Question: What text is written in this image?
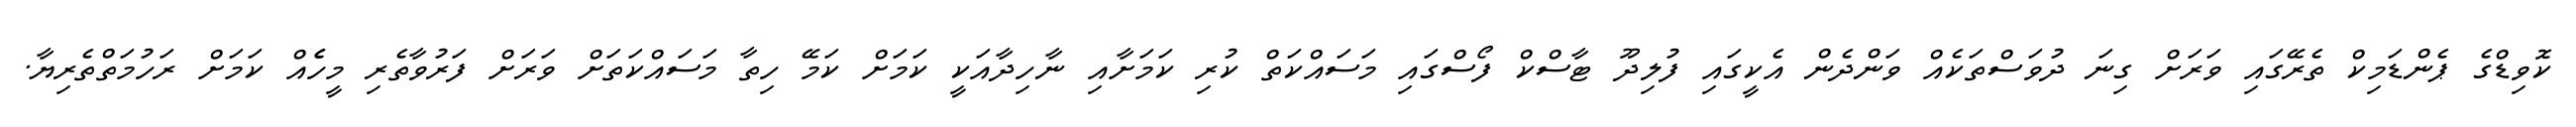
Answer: ކޮވިޑްގެ ޕެންޑަމިކް ތެރޭގައި ވަރަށް ގިނަ ދުވަސްތަކެއް ވަންދެން އެކީގައި ފުލިދޫ ޓާސްކް ފޯސްގައި މަސައްކަތް ކުރި ކަމަށާއި ނާހިދާއަކީ ކަމަށް ކަމޭ ހިތާ މަސައްކަތަށް ވަރަށް ފަރުވާތެރި މީހެެއް ކަމަށް ރަހުމަތްތެރިޔާ.